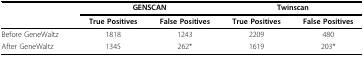
<table><thead><tr><td></td><td colspan="2"><b>GENSCAN</b></td><td colspan="2"><b>Twinscan</b></td></tr><tr><td></td><td><b>True Positives</b></td><td><b>False Positives</b></td><td><b>True Positives</b></td><td><b>False Positives</b></td></tr></thead><tbody><tr><td>Before GeneWaltz</td><td>1818</td><td>1243</td><td>2209</td><td>480</td></tr><tr><td>After GeneWaltz</td><td>1345</td><td>262*</td><td>1619</td><td>203*</td></tr></tbody></table>